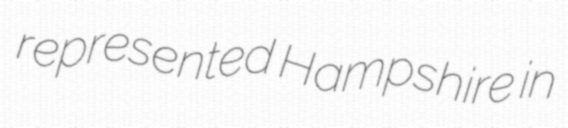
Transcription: represented Hampshire in